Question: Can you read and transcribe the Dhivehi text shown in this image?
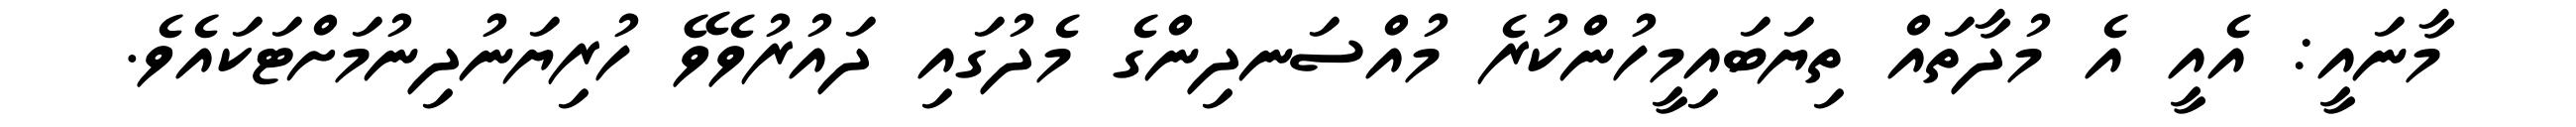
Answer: މާނައީ: އެއީ އެ މުދާތައް ތިޔަބައިމީހުންކުރެ މުއްސަނދިންގެ މެދުގައި ދައުރުވެވޭ ހުރިޔަނުދިނުމަށްޓަކައެވެ.